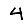
Digit: 4